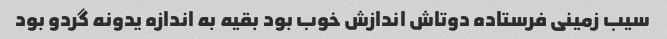
سیب زمینی فرستاده دوتاش اندازش خوب بود بقیه به اندازه یدونه گردو بود